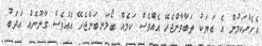
އެހެންކަމުން އެ ބަޔަކު ތަބާވާންޖެހޭ އެއްވެސް ކަމެއް ބޯލަނބަންޖެހޭ އެއްވެސް ގާނޫނެއް އަދަބު